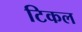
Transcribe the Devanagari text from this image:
टिकल